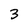
Character: 3